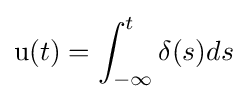
\mathrm {u} (t)=\int _{-\infty }^{t}\delta (s)ds